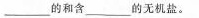
___的和含___的无机盐。